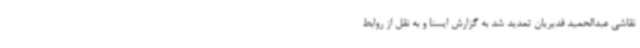
نقاشی عبدالحمید قدیریان تمدید شد به گزارش ایسنا و به نقل از روابط